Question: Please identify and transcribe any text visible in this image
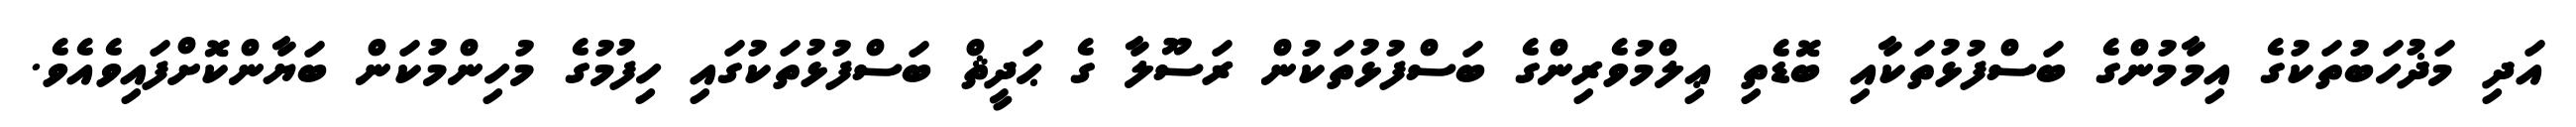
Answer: އަދި މަޛުހަބުތަކުގެ އިމާމުންގެ ބަސްފުޅުތަކާއި ބޮޑެތި ޢިލްމުވެރިންގެ ބަސްފުޅުތަކުން ރަސޫލާ ގެ ޙަދީޘް ބަސްފުޅުތަކުގައި ހިފުމުގެ މުހިންމުކަން ބަޔާންކޮށްފައިވެއެވެ.